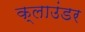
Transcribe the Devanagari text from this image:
क्लाउंडर